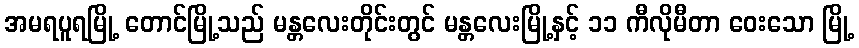
အမရပူရမြို့ တောင်မြို့သည် မန္တလေးတိုင်းတွင် မန္တလေးမြို့နှင့် ၁၁ ကီလိုမီတာ ဝေးသော မြို့